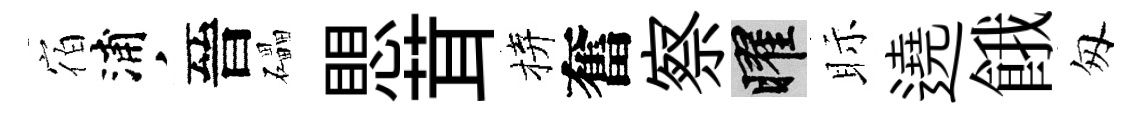
宿浦晉礧愳茸拚奮察曜眎遶餓匆